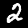
Label: 2